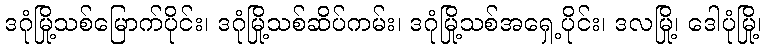
ဒဂုံမြို့သစ်မြောက်ပိုင်း၊ ဒဂုံမြို့သစ်ဆိပ်ကမ်း၊ ဒဂုံမြို့သစ်အရှေ့ပိုင်း၊ ဒလမြို့၊ ဒေါပုံမြို့၊